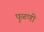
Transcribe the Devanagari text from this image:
पुळणी